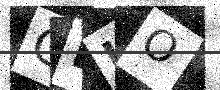
Text: CEIO